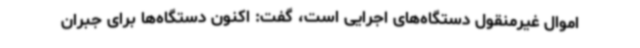
اموال غیرمنقول دستگاه‌های اجرایی است، گفت: اکنون دستگاه‌ها برای جبران